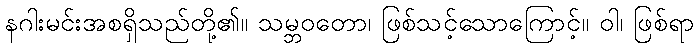
နဂါးမင်းအစရှိသည်တို့၏။ သမ္ဘဝတော၊ ဖြစ်သင့်သောကြောင့်။ ဝါ၊ ဖြစ်ရာ